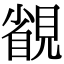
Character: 䚇